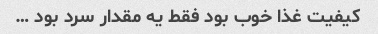
کیفیت غذا خوب بود فقط یه مقدار سرد بود …